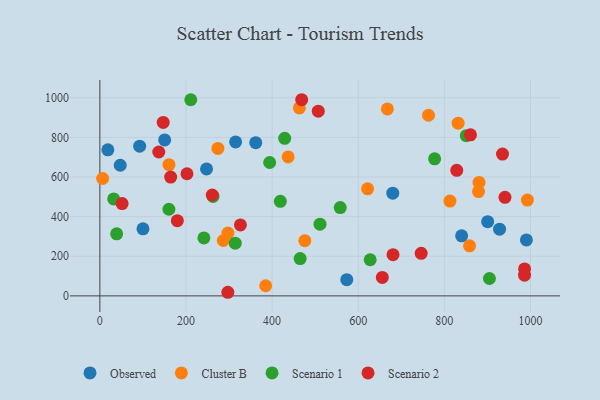
{"axis": {"x": "Engine Size", "y": "Profit"}, "legend": ["Cluster B", "Observed", "Scenario 1", "Scenario 2"], "data": [{"x": "315.2", "y": 777.1, "type": "Observed"}, {"x": "680.2", "y": 518.4, "type": "Observed"}, {"x": "47.3", "y": 659.2, "type": "Observed"}, {"x": "362.0", "y": 773.2, "type": "Observed"}, {"x": "900.6", "y": 374.4, "type": "Observed"}, {"x": "18.5", "y": 737.2, "type": "Observed"}, {"x": "990.5", "y": 282.6, "type": "Observed"}, {"x": "840.1", "y": 303.2, "type": "Observed"}, {"x": "928.2", "y": 336.5, "type": "Observed"}, {"x": "92.4", "y": 755.7, "type": "Observed"}, {"x": "573.4", "y": 81.8, "type": "Observed"}, {"x": "150.5", "y": 787.0, "type": "Observed"}, {"x": "100.1", "y": 338.4, "type": "Observed"}, {"x": "247.7", "y": 640.5, "type": "Observed"}, {"x": "476.0", "y": 278.7, "type": "Cluster B"}, {"x": "667.7", "y": 943.4, "type": "Cluster B"}, {"x": "621.7", "y": 540.2, "type": "Cluster B"}, {"x": "385.0", "y": 51.2, "type": "Cluster B"}, {"x": "160.5", "y": 662.4, "type": "Cluster B"}, {"x": "832.0", "y": 871.7, "type": "Cluster B"}, {"x": "879.3", "y": 526.5, "type": "Cluster B"}, {"x": "858.5", "y": 252.4, "type": "Cluster B"}, {"x": "6.4", "y": 592.4, "type": "Cluster B"}, {"x": "297.4", "y": 316.8, "type": "Cluster B"}, {"x": "813.0", "y": 478.5, "type": "Cluster B"}, {"x": "286.6", "y": 279.5, "type": "Cluster B"}, {"x": "763.2", "y": 911.6, "type": "Cluster B"}, {"x": "880.5", "y": 572.5, "type": "Cluster B"}, {"x": "463.3", "y": 948.5, "type": "Cluster B"}, {"x": "274.1", "y": 744.0, "type": "Cluster B"}, {"x": "992.8", "y": 483.7, "type": "Cluster B"}, {"x": "437.2", "y": 701.2, "type": "Cluster B"}, {"x": "850.9", "y": 808.6, "type": "Scenario 1"}, {"x": "32.1", "y": 489.3, "type": "Scenario 1"}, {"x": "211.1", "y": 989.9, "type": "Scenario 1"}, {"x": "558.2", "y": 445.9, "type": "Scenario 1"}, {"x": "419.1", "y": 477.1, "type": "Scenario 1"}, {"x": "314.4", "y": 266.0, "type": "Scenario 1"}, {"x": "241.6", "y": 292.7, "type": "Scenario 1"}, {"x": "39.0", "y": 313.1, "type": "Scenario 1"}, {"x": "777.4", "y": 691.7, "type": "Scenario 1"}, {"x": "627.8", "y": 182.3, "type": "Scenario 1"}, {"x": "511.2", "y": 361.8, "type": "Scenario 1"}, {"x": "262.8", "y": 501.9, "type": "Scenario 1"}, {"x": "904.7", "y": 87.6, "type": "Scenario 1"}, {"x": "429.2", "y": 795.1, "type": "Scenario 1"}, {"x": "394.3", "y": 673.3, "type": "Scenario 1"}, {"x": "465.1", "y": 188.2, "type": "Scenario 1"}, {"x": "160.3", "y": 437.3, "type": "Scenario 1"}, {"x": "164.4", "y": 599.4, "type": "Scenario 2"}, {"x": "326.4", "y": 358.3, "type": "Scenario 2"}, {"x": "147.1", "y": 875.2, "type": "Scenario 2"}, {"x": "202.3", "y": 616.3, "type": "Scenario 2"}, {"x": "680.8", "y": 207.9, "type": "Scenario 2"}, {"x": "297.2", "y": 18.2, "type": "Scenario 2"}, {"x": "179.9", "y": 379.7, "type": "Scenario 2"}, {"x": "655.9", "y": 93.0, "type": "Scenario 2"}, {"x": "860.7", "y": 812.7, "type": "Scenario 2"}, {"x": "828.8", "y": 633.7, "type": "Scenario 2"}, {"x": "261.0", "y": 509.2, "type": "Scenario 2"}, {"x": "746.2", "y": 214.8, "type": "Scenario 2"}, {"x": "935.0", "y": 715.9, "type": "Scenario 2"}, {"x": "51.6", "y": 466.1, "type": "Scenario 2"}, {"x": "468.7", "y": 990.0, "type": "Scenario 2"}, {"x": "986.3", "y": 135.9, "type": "Scenario 2"}, {"x": "136.8", "y": 726.1, "type": "Scenario 2"}, {"x": "507.2", "y": 932.0, "type": "Scenario 2"}, {"x": "986.2", "y": 104.7, "type": "Scenario 2"}, {"x": "940.8", "y": 497.4, "type": "Scenario 2"}]}